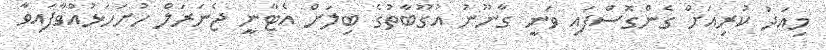
މިއަދު ކުރިއަށް ގެންގޮސްފައި ވަނީ ގާނޫނު އުގޫބާތުގެ ބިލަށް އެޓާނީ ޖެނަރަލް ހުށަހަޅުއްވާފައިވާ